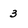
Character: 3